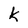
Character: K